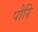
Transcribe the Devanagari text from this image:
पौरि